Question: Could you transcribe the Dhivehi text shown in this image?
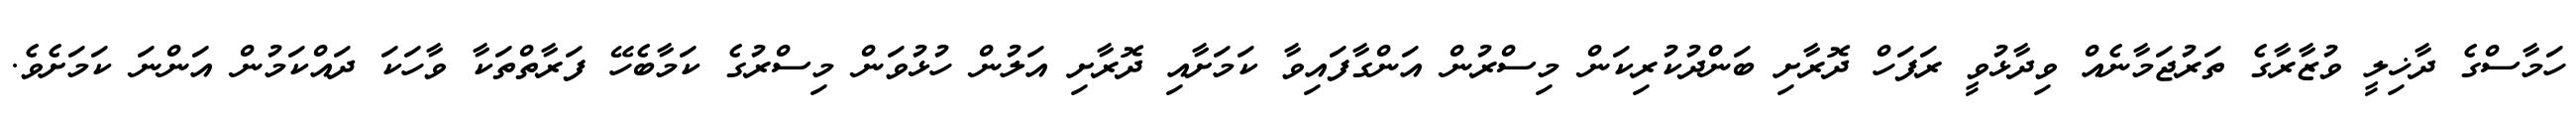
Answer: ހަމާސްގެ ދާޚިލީ ވުޒާރާގެ ތަރުޖަމާނެއް ވިދާޅުވީ ރަފަހް ދޮރާށި ބަންދުކުރިކަން މިސްރުން އަންގާފައިވާ ކަމަށާއި ދޮރާށި އަލުން ހުޅުވަން މިސްރުގެ ކަމާބެހޭ ފަރާތްތަކާ ވާހަކަ ދައްކަމުން އަންނަ ކަމަށެވެ.